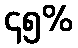
၄၅%